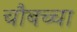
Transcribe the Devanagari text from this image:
चौबच्चा